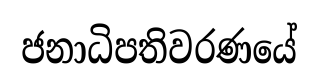
ජනාධිපතිවරණයේ